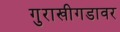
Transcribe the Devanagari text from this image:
गुराखीगडावर